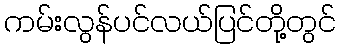
ကမ်းလွန်ပင်လယ်ပြင်တို့တွင်